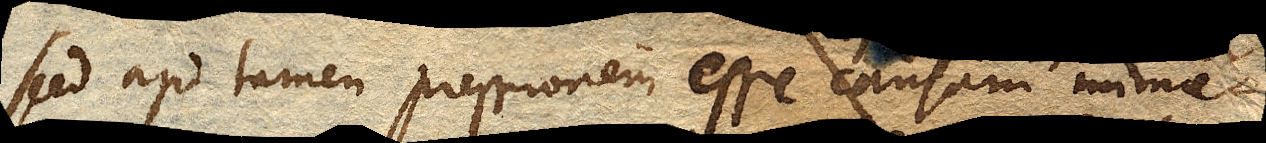
Sed ajo tamen pressionem esse causam imme-